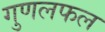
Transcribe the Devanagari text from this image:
गुणलफल